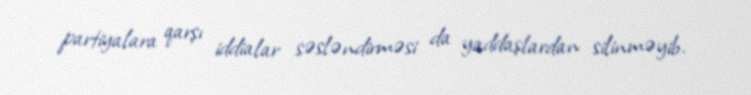
partiyalara qarşı iddialar səsləndirməsi da yaddaşlardan silinməyib.